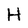
Character: H